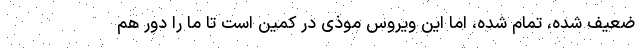
ضعیف شده، تمام شده، اما این ویروسِ موذی در کمین است تا ما را دور هم